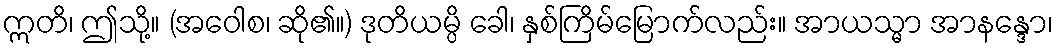
ဣတိ၊ ဤသို့။ (အဝေါစ၊ ဆို၏။) ဒုတိယမ္ပိ ခေါ၊ နှစ်ကြိမ်မြောက်လည်း။ အာယသ္မာ အာနန္ဒော၊